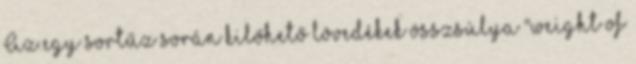
Az egy sortűz során kilőhető lövedékek összsúlya "weight of